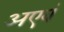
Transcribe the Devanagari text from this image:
अएवं